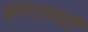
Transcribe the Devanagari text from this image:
संगठमयों